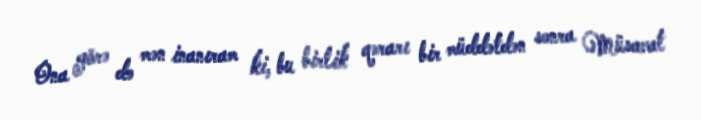
Ona görə də mən inanıram ki, bu birlik qərarı bir müddətdən sonra Müsavat